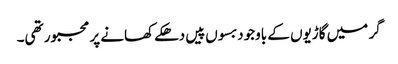
گر میں گاڑیوں کے باوجود بسوں پیں دھکے کھانے پر مجبور تھی۔